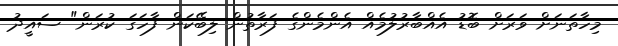
މިހާތަނަށް ވަރަށް ބޮޑު އެއްބާރުލުމެއް އެންމެންގެ ފަރާތުން ލިބޭކަން ފާހަގަ ކުރަން" ސައީދު